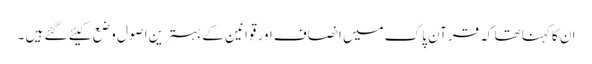
ان کا کہنا تھا کہ قرآن پاک میں انصاف اور قوانین کے بہترین اصول وضع کیئے گئے ہیں ۔